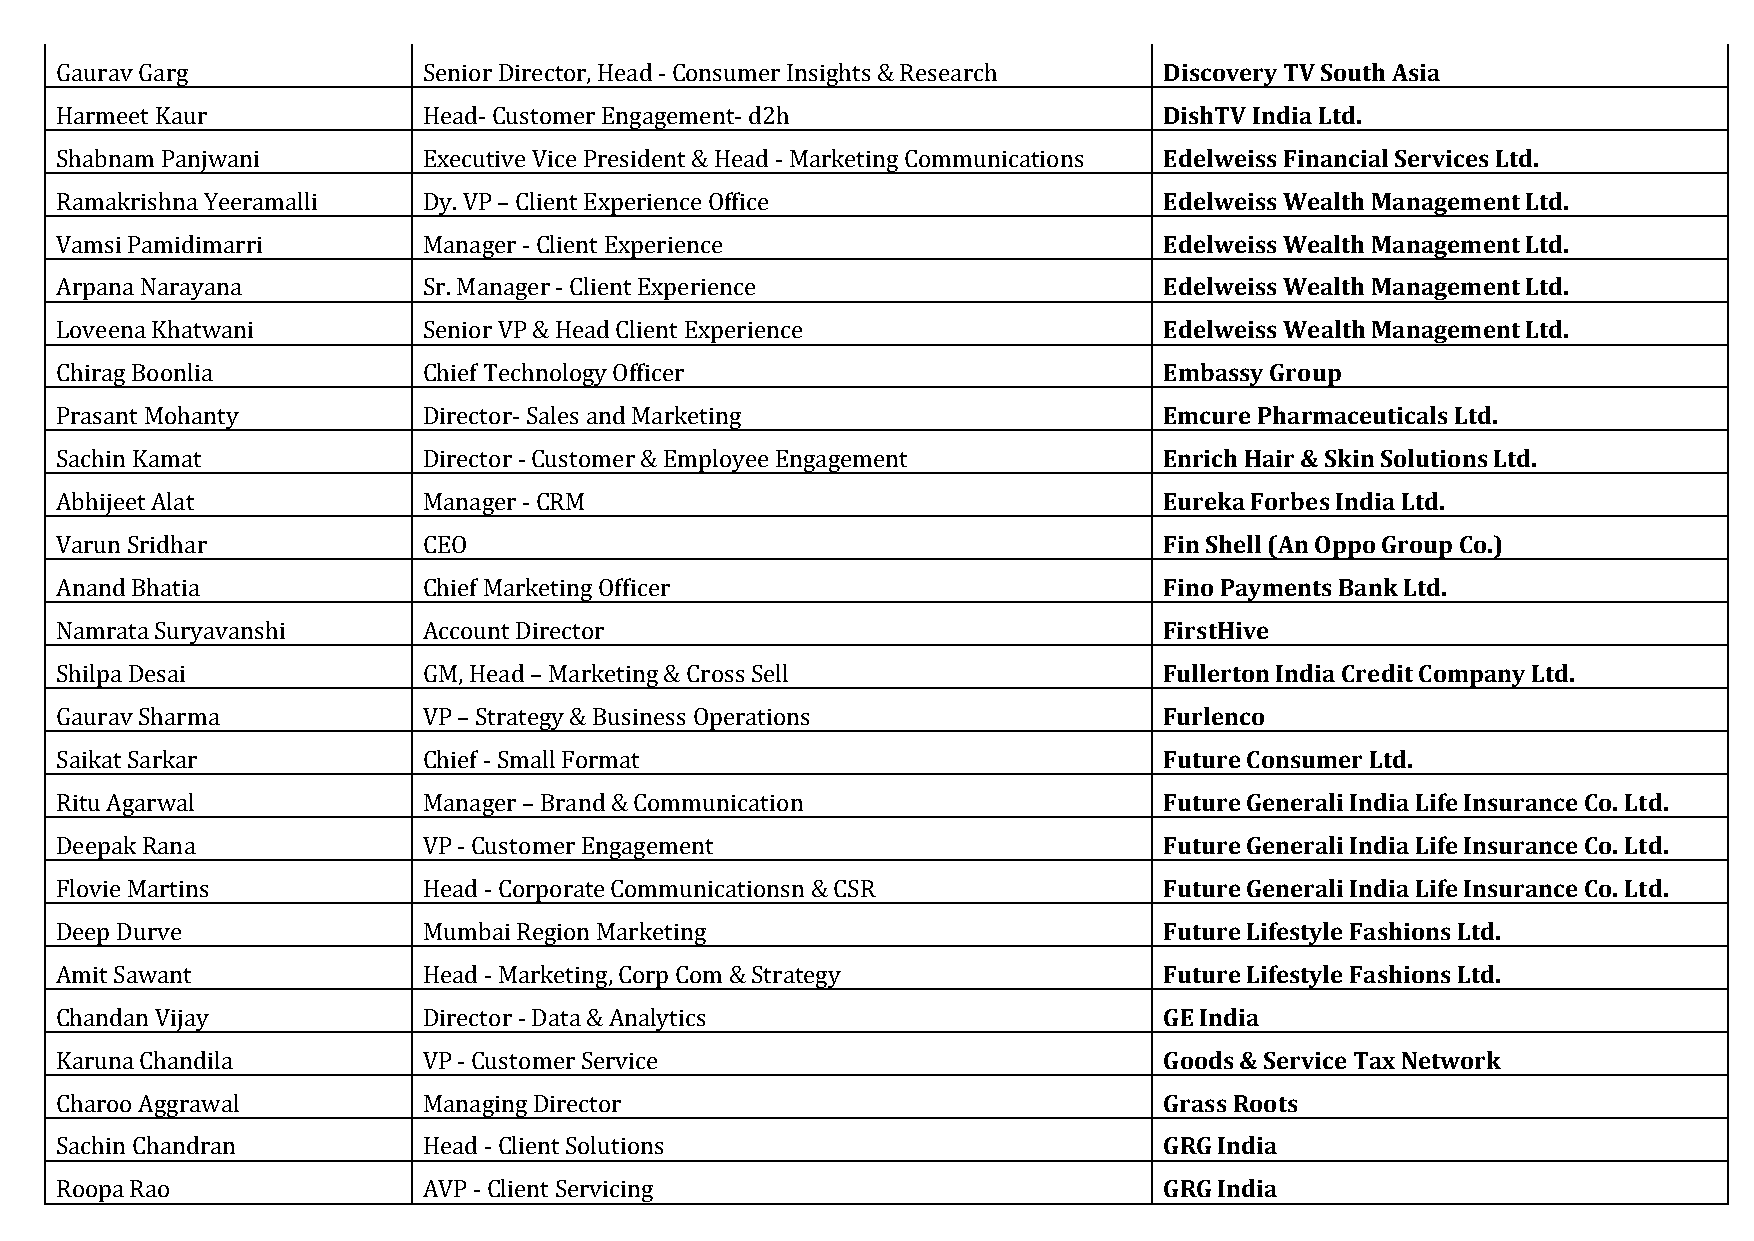
Gaurav Garg             Senior Director, Head - Consumer Insights & Research Discovery TV South Asia
 Harmeet Kaur            Head- Customer Engagement- d2h                   DishTV India Ltd.
 Shabnam Panjwani        Executive Vice President & Head - Marketing Communications Edelweiss Financial Services Ltd.
 Ramakrishna Yeeramalli  Dy. VP – Client Experience Office                Edelweiss Wealth Management Ltd.
 Vamsi Pamidimarri       Manager - Client Experience                      Edelweiss Wealth Management Ltd.
 Arpana Narayana         Sr. Manager - Client Experience                  Edelweiss Wealth Management Ltd.
 Loveena Khatwani        Senior VP & Head Client Experience               Edelweiss Wealth Management Ltd.
 Chirag Boonlia          Chief Technology Officer                         Embassy Group
 Prasant Mohanty         Director- Sales and Marketing                    Emcure Pharmaceuticals Ltd.
 Sachin Kamat            Director - Customer & Employee Engagement        Enrich Hair & Skin Solutions Ltd.
 Abhijeet Alat           Manager - CRM                                    Eureka Forbes India Ltd.
 Varun Sridhar           CEO                                              Fin Shell (An Oppo Group Co.)
 Anand Bhatia            Chief Marketing Officer                          Fino Payments Bank Ltd.
 Namrata Suryavanshi     Account Director                                 FirstHive
 Shilpa Desai            GM, Head – Marketing & Cross Sell                Fullerton India Credit Company Ltd.
 Gaurav Sharma           VP – Strategy & Business Operations              Furlenco
 Saikat Sarkar           Chief - Small Format                             Future Consumer Ltd.
 Ritu Agarwal            Manager – Brand & Communication                  Future Generali India Life Insurance Co. Ltd.
 Deepak Rana             VP - Customer Engagement                         Future Generali India Life Insurance Co. Ltd.
 Flovie Martins          Head - Corporate Communicationsn & CSR           Future Generali India Life Insurance Co. Ltd.
 Deep Durve              Mumbai Region Marketing                          Future Lifestyle Fashions Ltd.
 Amit Sawant             Head - Marketing, Corp Com & Strategy            Future Lifestyle Fashions Ltd.
 Chandan Vijay           Director - Data & Analytics                      GE India
 Karuna Chandila         VP - Customer Service                            Goods & Service Tax Network
 Charoo Aggrawal         Managing Director                                Grass Roots
 Sachin Chandran         Head - Client Solutions                          GRG India
 Roopa Rao               AVP - Client Servicing                           GRG India